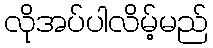
လိုအပ်ပါလိမ့်မည်